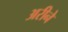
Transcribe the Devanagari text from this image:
अरीने